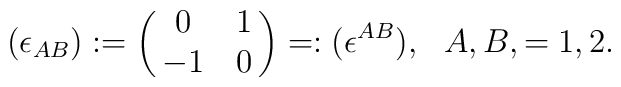
(\epsilon_{AB}):= \pmatrix{0 & 1\cr -1 & 0\cr} =: (\epsilon^{AB}),  \ \ A, B, = 1, 2.